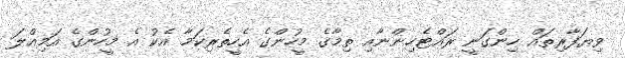
ވިޔަފާރިތައް ހިންގަނީ ރައްޓެހިންނާއި ތިމާގެ މީހުންގެ އެހީތެރިކަމާ އެކު އެ މީހުންގެ އަމިއްލަ